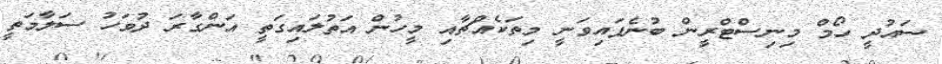
ސައުދީ ހޯމް މިނިސްޓްރީން ބުނެފައިވަނީ މިތަކެއްޗާއި މީހުން އަތުލައިގަތީ އަންގާރަ ދުވަހު ސަލާމަތީ